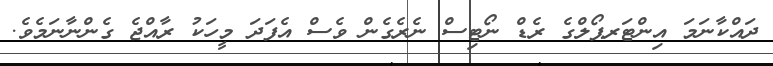
ދައްކާނަމަ އިންޓަރޕޯލްގެ ރެޑް ނޯޓިސް ނެރެގެން ވެސް އެފަދަ މީހަކު ރާއްޖެ ގެންނާނަމެވެ.